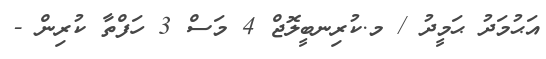
އަޙުމަދު ޙަމީދު / މ.ކުރިނބީލޮޖް 4 މަސް 3 ހަފްތާ ކުރިން -